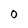
Character: 0